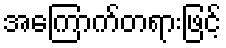
အကြောက်တရားဖြင့်